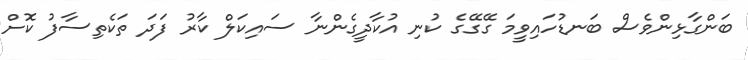
ބަންގާޅިންވެސް ބަނޑުހައިވީމަ ގޭގޭގެ ކުނި އުކާދީގެންނާ ސައިކަލް ކާރު ފަދަ ތަކެތިސާފު ކޮށް